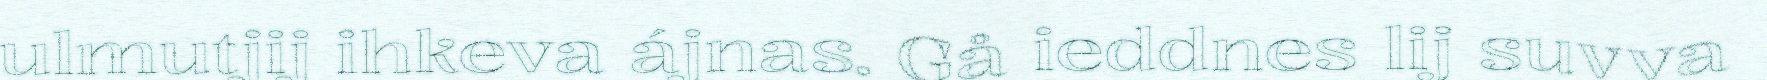
ulmutjij ihkeva ájnas. Gå ieddnes lij suvva